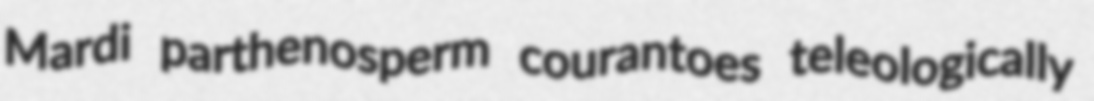
Mardi parthenosperm courantoes teleologically